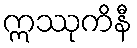
ဣဿုကိနီ